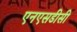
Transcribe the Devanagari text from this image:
एनएसडीसी